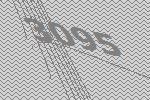
3095